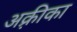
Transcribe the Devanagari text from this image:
अक़्रीका